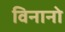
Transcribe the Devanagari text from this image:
विनानो